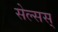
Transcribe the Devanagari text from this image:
सेल्सस्